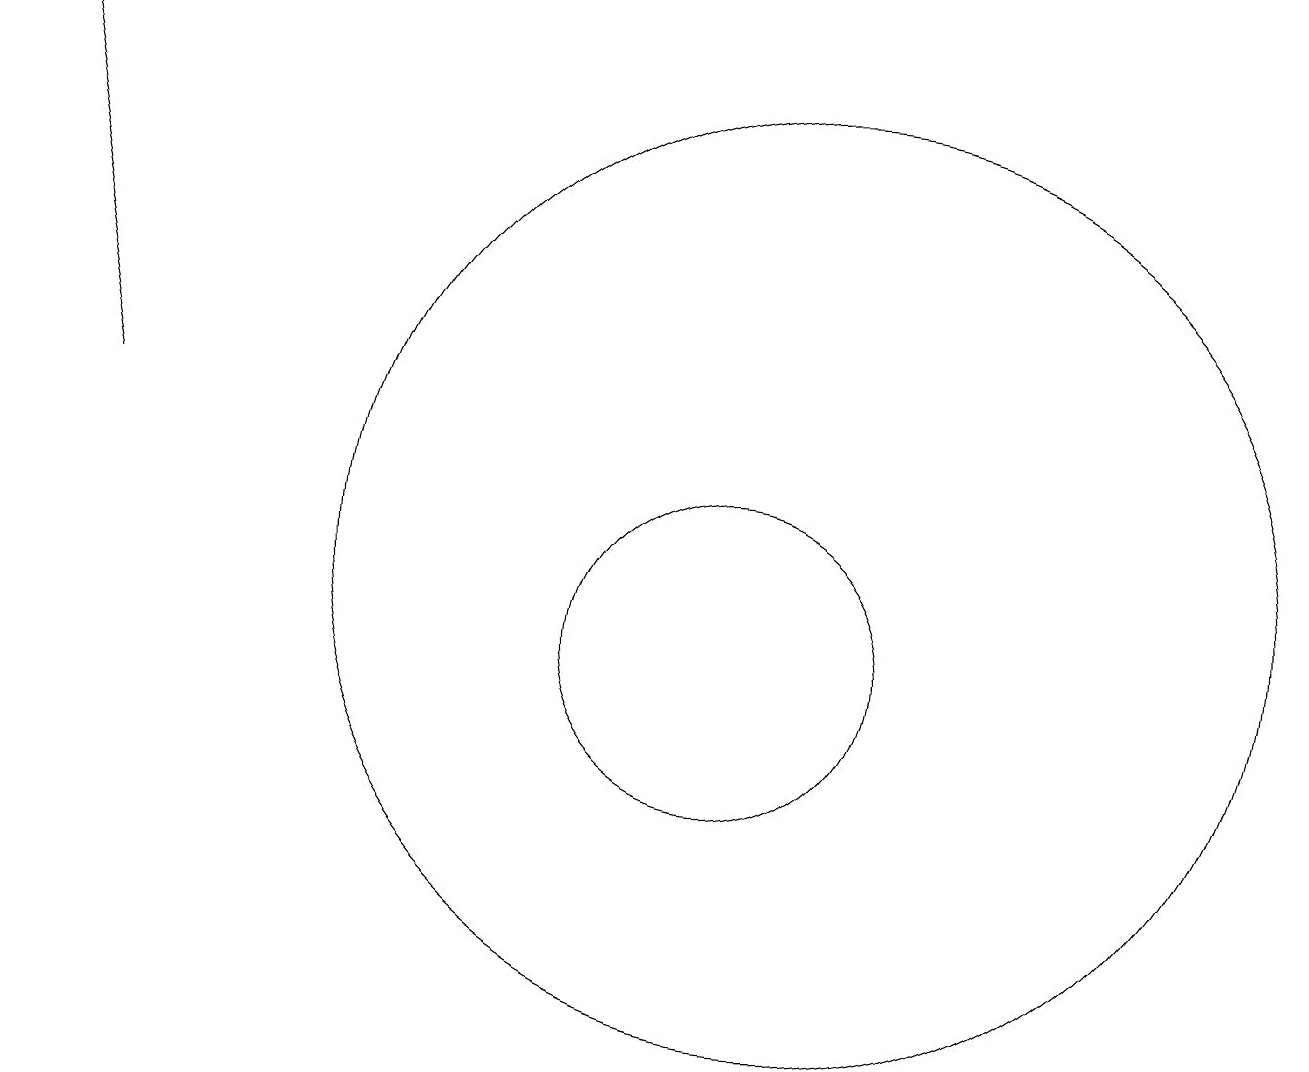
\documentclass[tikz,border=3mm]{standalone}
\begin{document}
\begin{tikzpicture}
\draw[->] (2,13) -- (1,18);
\draw (10,10) circle (2);
\draw (11,11) circle (6);
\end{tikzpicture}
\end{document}